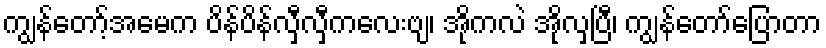
ကျွန်တော့်အမေက ပိန်ပိန်လှီလှီကလေးဗျ၊ အိုကလဲ အိုလှပြီ၊ ကျွန်တော်ပြောတာ